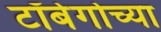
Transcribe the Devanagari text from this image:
टॉबेगोच्या